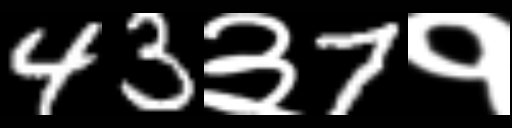
Text: 43३7१